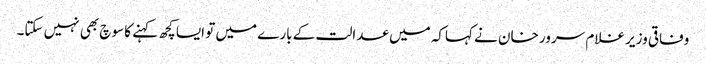
وفاقی وزیر غلام سرور خان نے کہاکہ میں عدالت کے بارے میں تو ایسا کچھ کہنے کا سوچ بھی نہیں سکتا۔